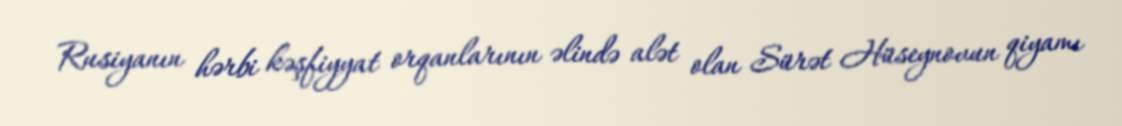
Rusiyanın hərbi kəşfiyyat orqanlarının əlində alət olan Sürət Hüseynovun qiyamı